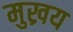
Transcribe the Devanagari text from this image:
मुख्रय